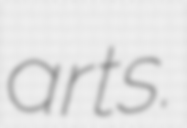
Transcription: arts.